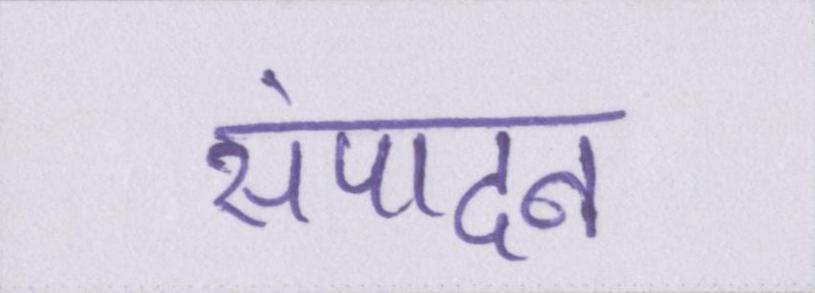
संपादन